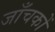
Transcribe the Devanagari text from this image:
जाँचकों